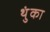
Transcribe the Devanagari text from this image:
थुंका